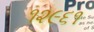
૧૨૯૬૧